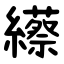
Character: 䌨